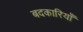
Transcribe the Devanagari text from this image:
बदकारियाँ